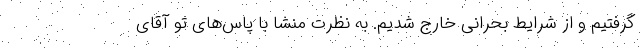
گرفتیم و از شرایط بحرانی خارج شدیم. به نظرت منشا با پاس‌های تو آقای